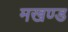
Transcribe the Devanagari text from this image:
मखण्ड